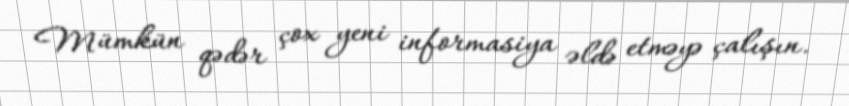
Mümkün qədər çox yeni informasiya əldə etməyə çalışın.